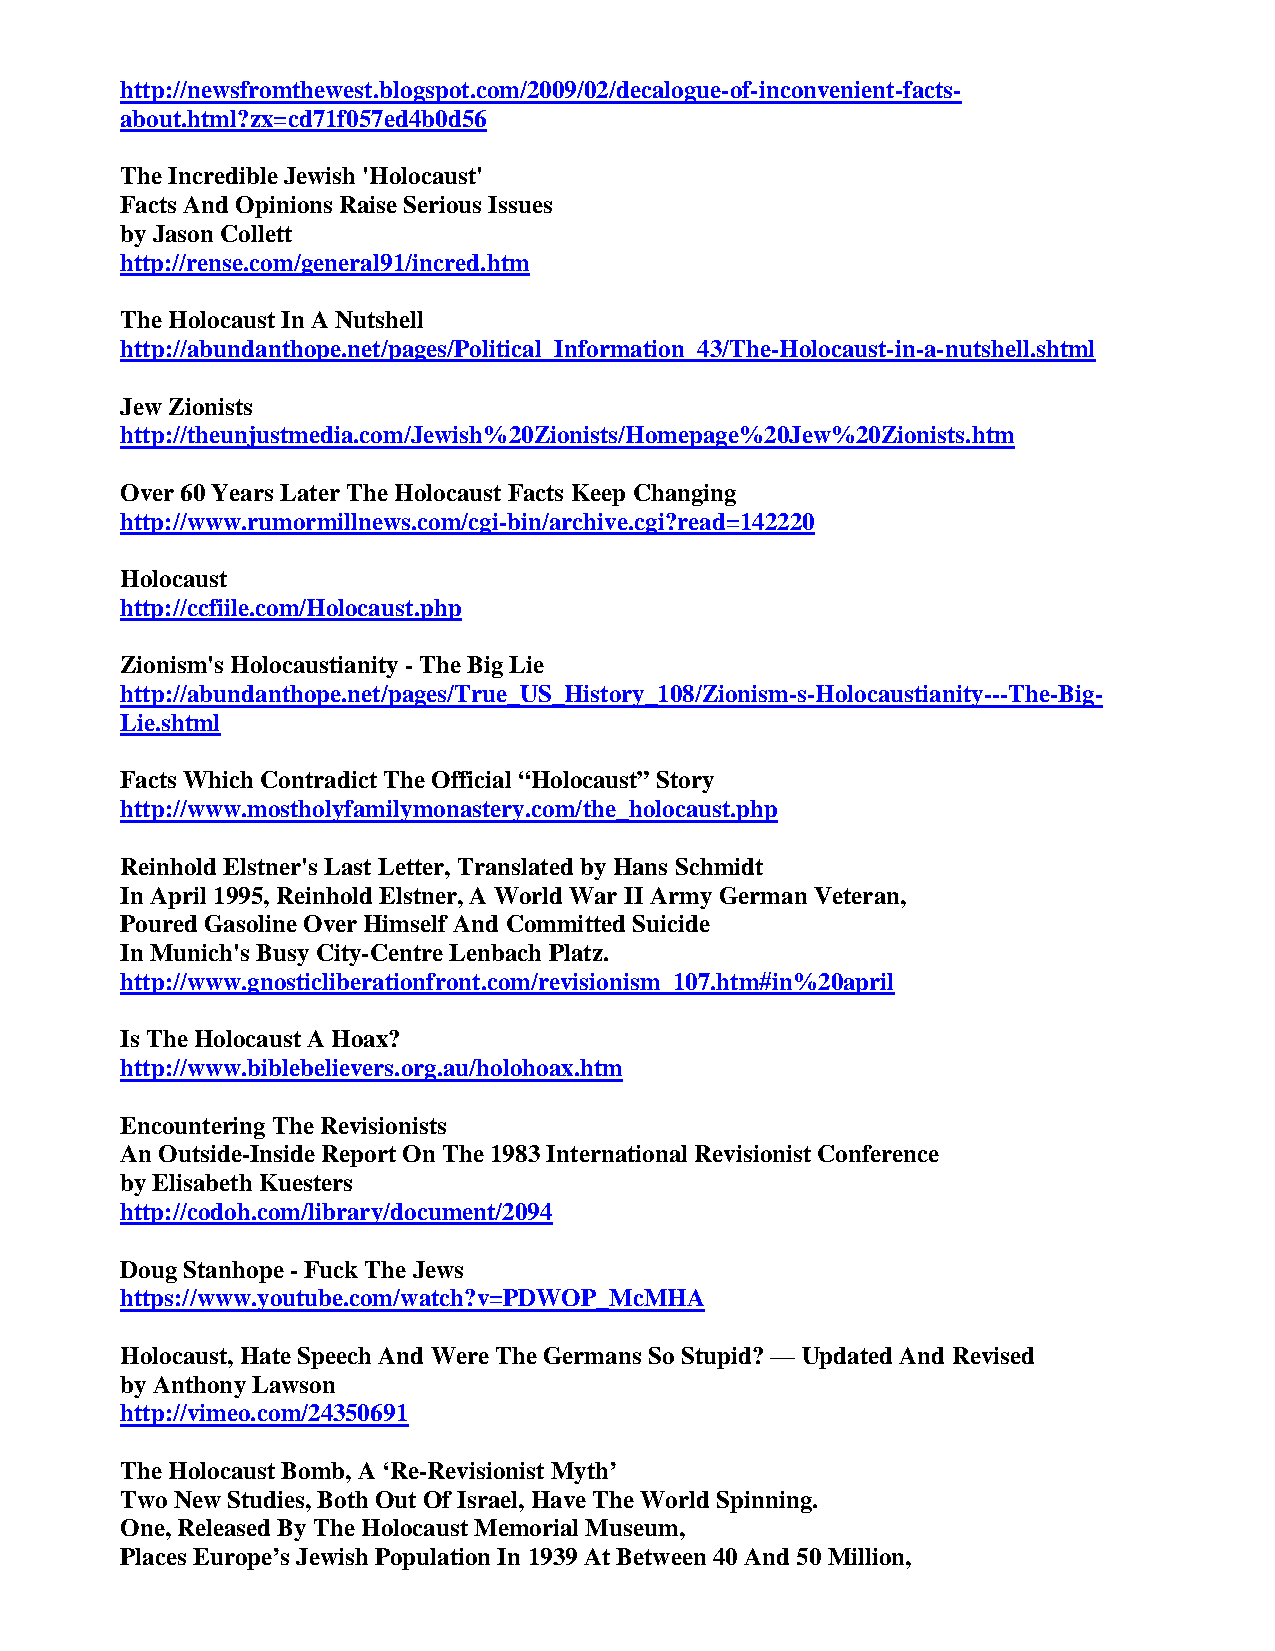
http://newsfromthewest.blogspot.com/2009/02/decalogue-of-inconvenient-facts-
 about.html?zx=cd71f057ed4b0d56
 The Incredible Jewish 'Holocaust'
 Facts And Opinions Raise Serious Issues
 by Jason Collett
 http://rense.com/general91/incred.htm
 The Holocaust In A Nutshell
 http://abundanthope.net/pages/Political_Information_43/The-Holocaust-in-a-nutshell.shtml
 Jew Zionists
 http://theunjustmedia.com/Jewish%20Zionists/Homepage%20Jew%20Zionists.htm
 Over 60 Years Later The Holocaust Facts Keep Changing
 http://www.rumormillnews.com/cgi-bin/archive.cgi?read=142220
 Holocaust
 http://ccfiile.com/Holocaust.php
 Zionism's Holocaustianity - The Big Lie
 http://abundanthope.net/pages/True_US_History_108/Zionism-s-Holocaustianity---The-Big-
 Lie.shtml
 Facts Which Contradict The Official “Holocaust” Story
 http://www.mostholyfamilymonastery.com/the_holocaust.php
 Reinhold Elstner's Last Letter, Translated by Hans Schmidt
 In April 1995, Reinhold Elstner, A World War II Army German Veteran,
 Poured Gasoline Over Himself And Committed Suicide
 In Munich's Busy City-Centre Lenbach Platz.
 http://www.gnosticliberationfront.com/revisionism_107.htm#in%20april
 Is The Holocaust A Hoax?
 http://www.biblebelievers.org.au/holohoax.htm
 Encountering The Revisionists
 An Outside-Inside Report On The 1983 International Revisionist Conference
 by Elisabeth Kuesters
 http://codoh.com/library/document/2094
 Doug Stanhope - Fuck The Jews
 https://www.youtube.com/watch?v=PDWOP_McMHA
 Holocaust, Hate Speech And Were The Germans So Stupid? — Updated And Revised
 by Anthony Lawson
 http://vimeo.com/24350691
 The Holocaust Bomb, A ‘Re-Revisionist Myth’
 Two New Studies, Both Out Of Israel, Have The World Spinning.
 One, Released By The Holocaust Memorial Museum,
 Places Europe’s Jewish Population In 1939 At Between 40 And 50 Million,